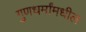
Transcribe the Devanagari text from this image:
गुणधर्मांमधील